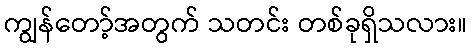
ကျွန်တော့်အတွက် သတင်း တစ်ခုရှိသလား။